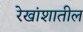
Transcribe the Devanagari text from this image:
रेखांशातील